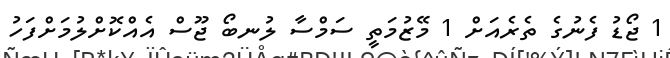
1 ޖޯޑު ފެނުގެ ތެރެއަށް 1 މޭޒުމަތީ ސަމްސާ ލުނބޯ ޖޫސް އެއްކޮށްލުމަށްފަހު